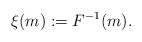
LaTeX: \begin{align*}\xi(m):= F^{-1}(m).\end{align*}